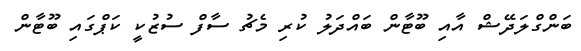
ބަންގްލަދޭޝް އާއި ބޫޓާން ބައްދަލު ކުރި މެޗު ސާފް ސުޒުކީ ކަޕްގައި ބޫޓާން